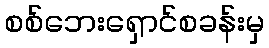
စစ်ဘေးရှောင်စခန်းမှ